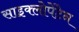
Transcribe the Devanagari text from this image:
साइक्लोपेंटेन